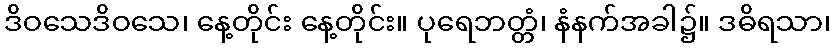
ဒိဝသေဒိဝသေ၊ နေ့တိုင်း နေ့တိုင်း။ ပုရေဘတ္တံ၊ နံနက်အခါ၌။ ဒဓိရသာ၊